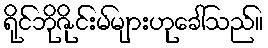
ရိုင်ဘိုဇိုင်းမ်များဟုခေါ်သည်။